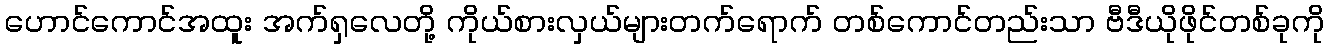
ဟောင်ကောင်အထူး အက်ရှလေတို့ ကိုယ်စားလှယ်များတက်ရောက် တစ်ကောင်တည်းသာ ဗီဒီယိုဖိုင်တစ်ခုကို